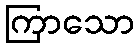
ကြာသော